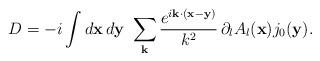
LaTeX: \begin{align*}D = -i\int{}d{\bf x}\,d{\bf y}\ \sum_{\bf k}\frac{e^{i{\bf k\cdot (x - y)}}}{k^2}\,\partial_l A_l({\bf x})j_0({\bf y}).\end{align*}